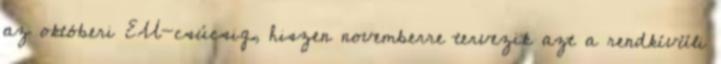
az októberi EU-csúcsig, hiszen novemberre tervezik azt a rendkívüli